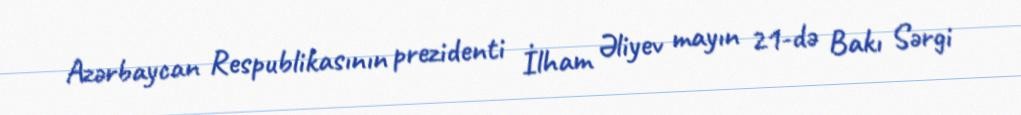
Azərbaycan Respublikasının prezidenti İlham Əliyev mayın 21-də Bakı Sərgi